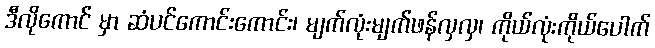
ဒီလိုကောင် မှာ ဆံပင်ကောင်းကောင်း၊ မျက်လုံးမျက်ဖန်လှလှ၊ ကိုယ်လုံးကိုယ်ပေါက်